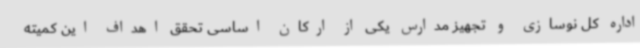
اداره کل نوسازی و تجهیز مدارس یکی از ارکان اساسی تحقق اهداف این کمیته